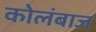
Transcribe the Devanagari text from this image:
कोलंबाज